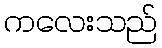
ကလေးသည်